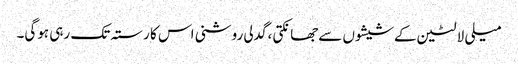
میلی لالٹین کےشیشوں سےجھانکتی ،گدلی روشنی اس کا رستہ تک رہی ہوگی۔